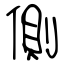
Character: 側